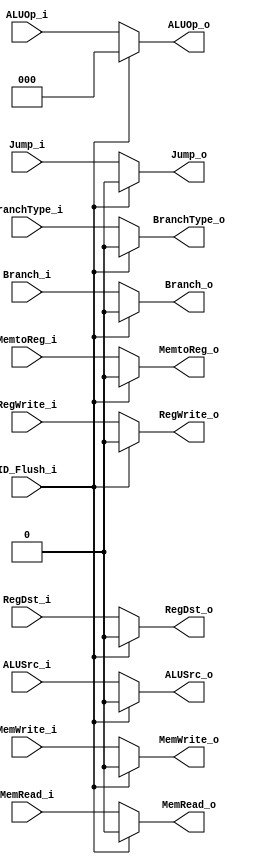
module MUX_ID_Flush(
ID_Flush_i,
RegWrite_i,
ALUOp_i, 
ALUSrc_i, 
RegDst_i, 
Branch_i, 
Jump_i, 
MemRead_i, 
MemWrite_i, 
MemtoReg_i, 
BranchType_i,
RegWrite_o,
ALUOp_o, 
ALUSrc_o, 
RegDst_o, 
Branch_o, 
Jump_o, 
MemRead_o, 
MemWrite_o, 
MemtoReg_o, 
BranchType_o
);

input ID_Flush_i;
input RegWrite_i;
input [3-1:0] ALUOp_i; 
input ALUSrc_i; 
input RegDst_i; 
input Branch_i; 
input Jump_i; 
input MemRead_i; 
input MemWrite_i; 
input MemtoReg_i; 
input BranchType_i;

output reg RegWrite_o;
output reg [3-1:0] ALUOp_o; 
output reg ALUSrc_o; 
output reg RegDst_o; 
output reg Branch_o; 
output reg Jump_o; 
output reg MemRead_o; 
output reg MemWrite_o; 
output reg MemtoReg_o; 
output reg BranchType_o;

always @(*) begin
if(ID_Flush_i == 0) begin
	RegWrite_o = RegWrite_i;
	ALUOp_o = ALUOp_i;
	ALUSrc_o = ALUSrc_i;
	RegDst_o = RegDst_i;
	Branch_o = Branch_i;
	Jump_o = Jump_i; //MEM
	MemRead_o = MemRead_i;
	MemWrite_o = MemWrite_i;
	MemtoReg_o = MemtoReg_i;
	BranchType_o = BranchType_i; //EX
end
else begin
	RegWrite_o = 0;
	ALUOp_o = 0;
	ALUSrc_o = 0;
	RegDst_o = 0;
	Branch_o = 0;
	Jump_o = 0;
	MemRead_o = 0;
	MemWrite_o = 0;
	MemtoReg_o = 0;
	BranchType_o = 0;
end
end

endmodule